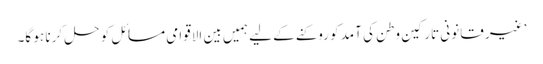
’غیر قانونی تارکین وطن کی آمد کو روکنے کے لیے ہمیں بین الاقوامی مسائل کو حل کرنا ہو گا۔